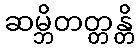
ဆမ္ဘိတတ္တန္တိ